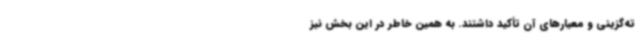
ته‌گزینی و معیارهای آن تأکید داشتند. به‌ همین‌ خاطر در این بخش نیز